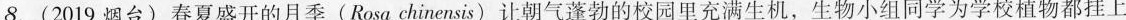
8.(2019烟台)春夏盛开的月季(Rosa chinensis)让朝气蓬勃的校园里充满生机，生物小组同学为学校植物都挂上